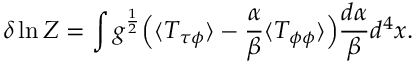
\delta \ln Z = \int g ^ { \frac { 1 } { 2 } } \Bigl ( \langle T _ { \tau \phi } \rangle - { \frac { \alpha } { \beta } } \langle T _ { \phi \phi } \rangle \Bigr ) { \frac { d \alpha } { \beta } } d ^ { 4 } x \space .